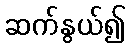
ဆက်နွယ်၍